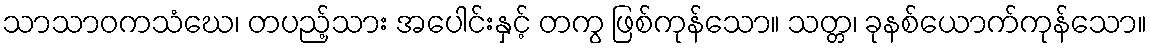
သာသာဝကသံဃေ၊ တပည့်သား အပေါင်းနှင့် တကွ ဖြစ်ကုန်သော။ သတ္တ၊ ခုနစ်ယောက်ကုန်သော။